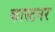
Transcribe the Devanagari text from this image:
कास्टनर